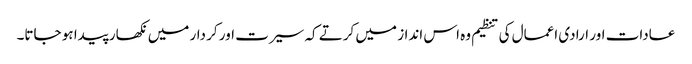
عادات اور ارادی اعمال کی تنظیم وہ اس انداز میں کرتے کہ سیرت اور کر دار میں نکھار پیدا ہو جاتا۔